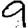
Digit: 9